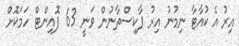
އިރު އެ ކުއާޓާ ނިމުނު އިރު ޕާކިސްތާނުން ވަނީ 63 ޕޮއިންޓް ހަމަކޮށް